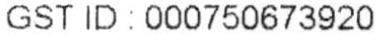
GST ID : 000750673920